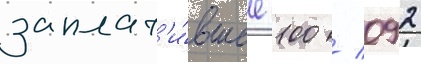
заплат'и́вшее 100 / 092